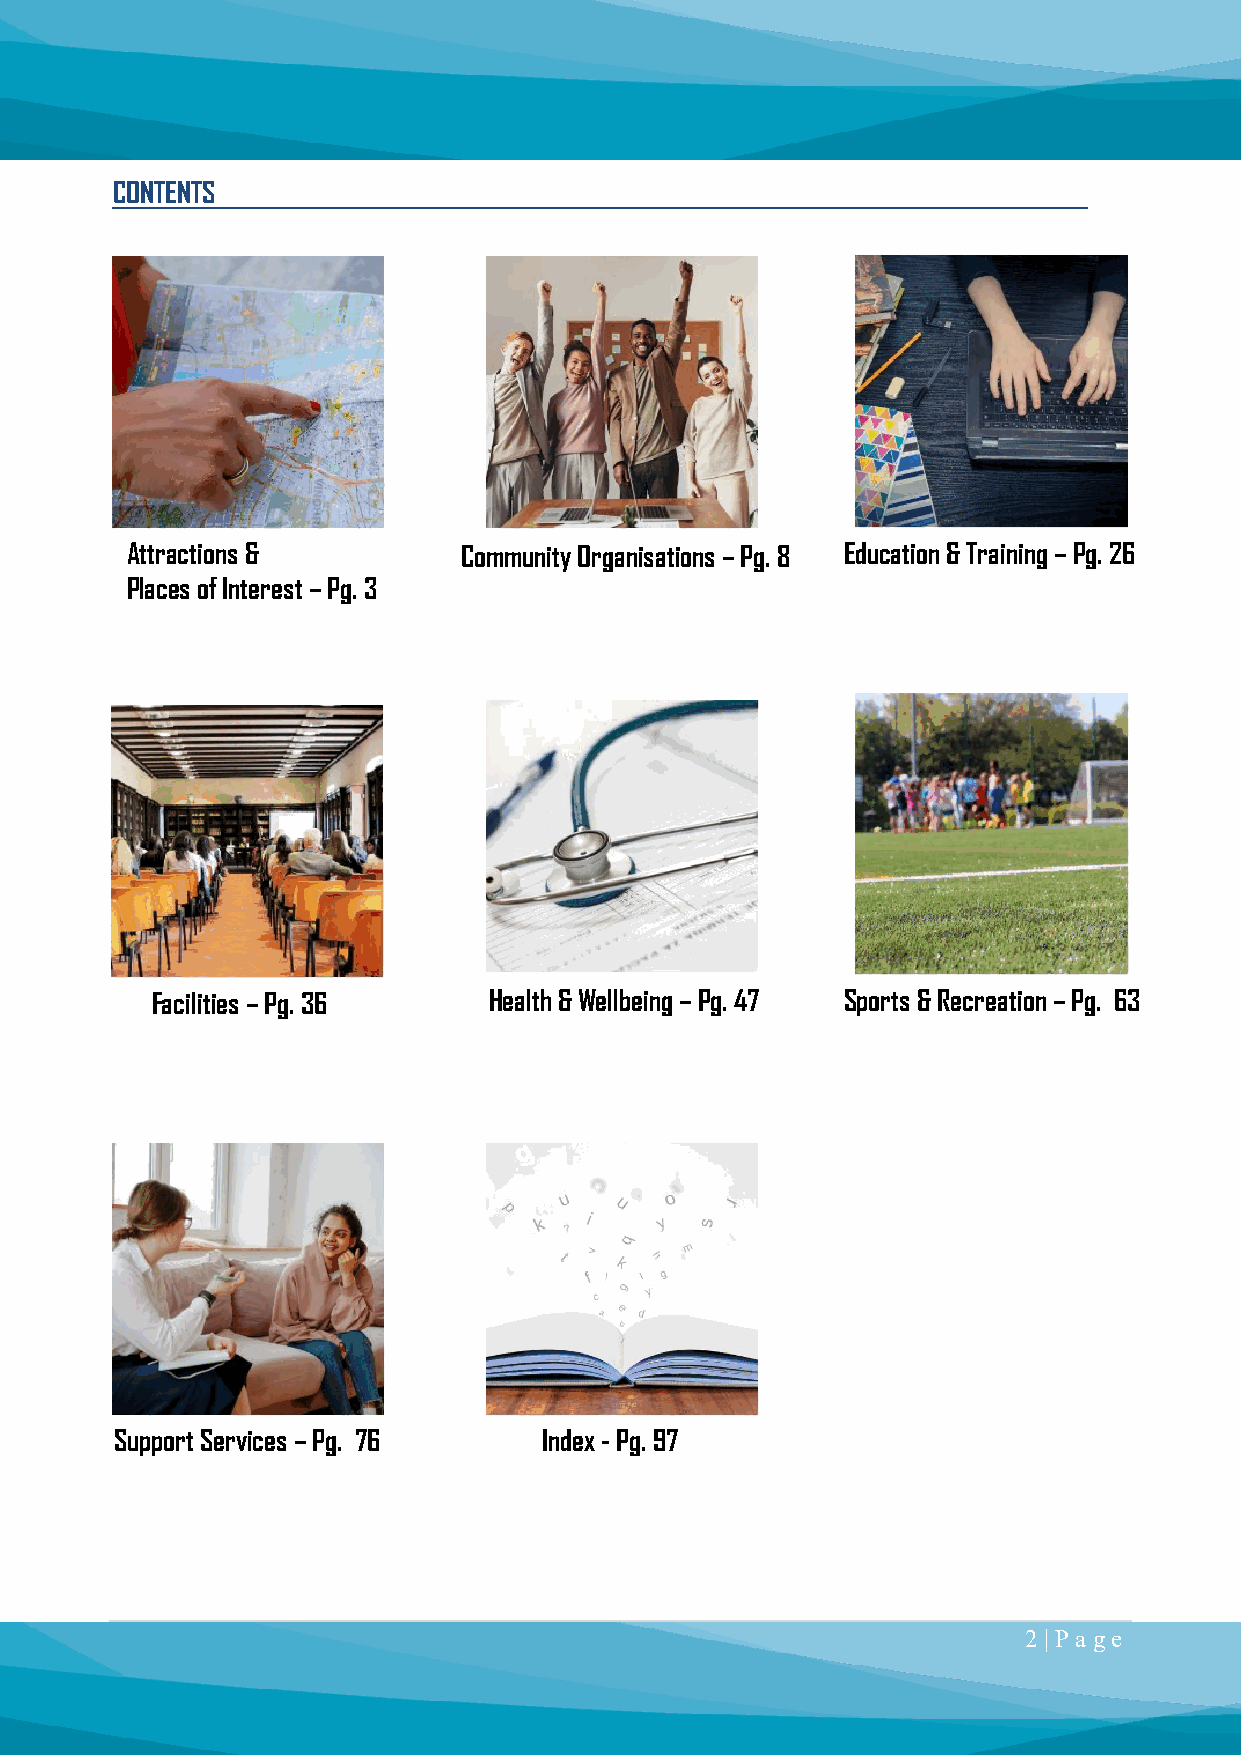
CONTENTS
 Attractions &          Community Organisations – Pg. 8 Education & Training – Pg. 26
 Places of Interest – Pg. 3
 Facilities – Pg. 36   Health & Wellbeing – Pg. 47 Sports & Recreation – Pg. 63
 Support Services – Pg. 76   Index - Pg. 97
 2 | P a ge